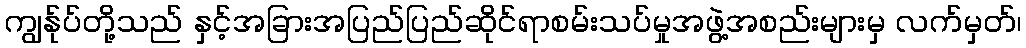
ကျွန်ုပ်တို့သည် နှင့်အခြားအပြည်ပြည်ဆိုင်ရာစမ်းသပ်မှုအဖွဲ့အစည်းများမှ လက်မှတ်၊